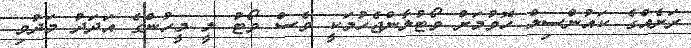
ރަށެއްގެ ކައުންސިލް ހޮވުމަށް ވޯޓުލާންޖެހުމަކީ ވެސް ވޯޓު ލީ މީހުންގެ އަދަދު މަދުވި